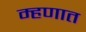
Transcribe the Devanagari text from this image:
म्हणात